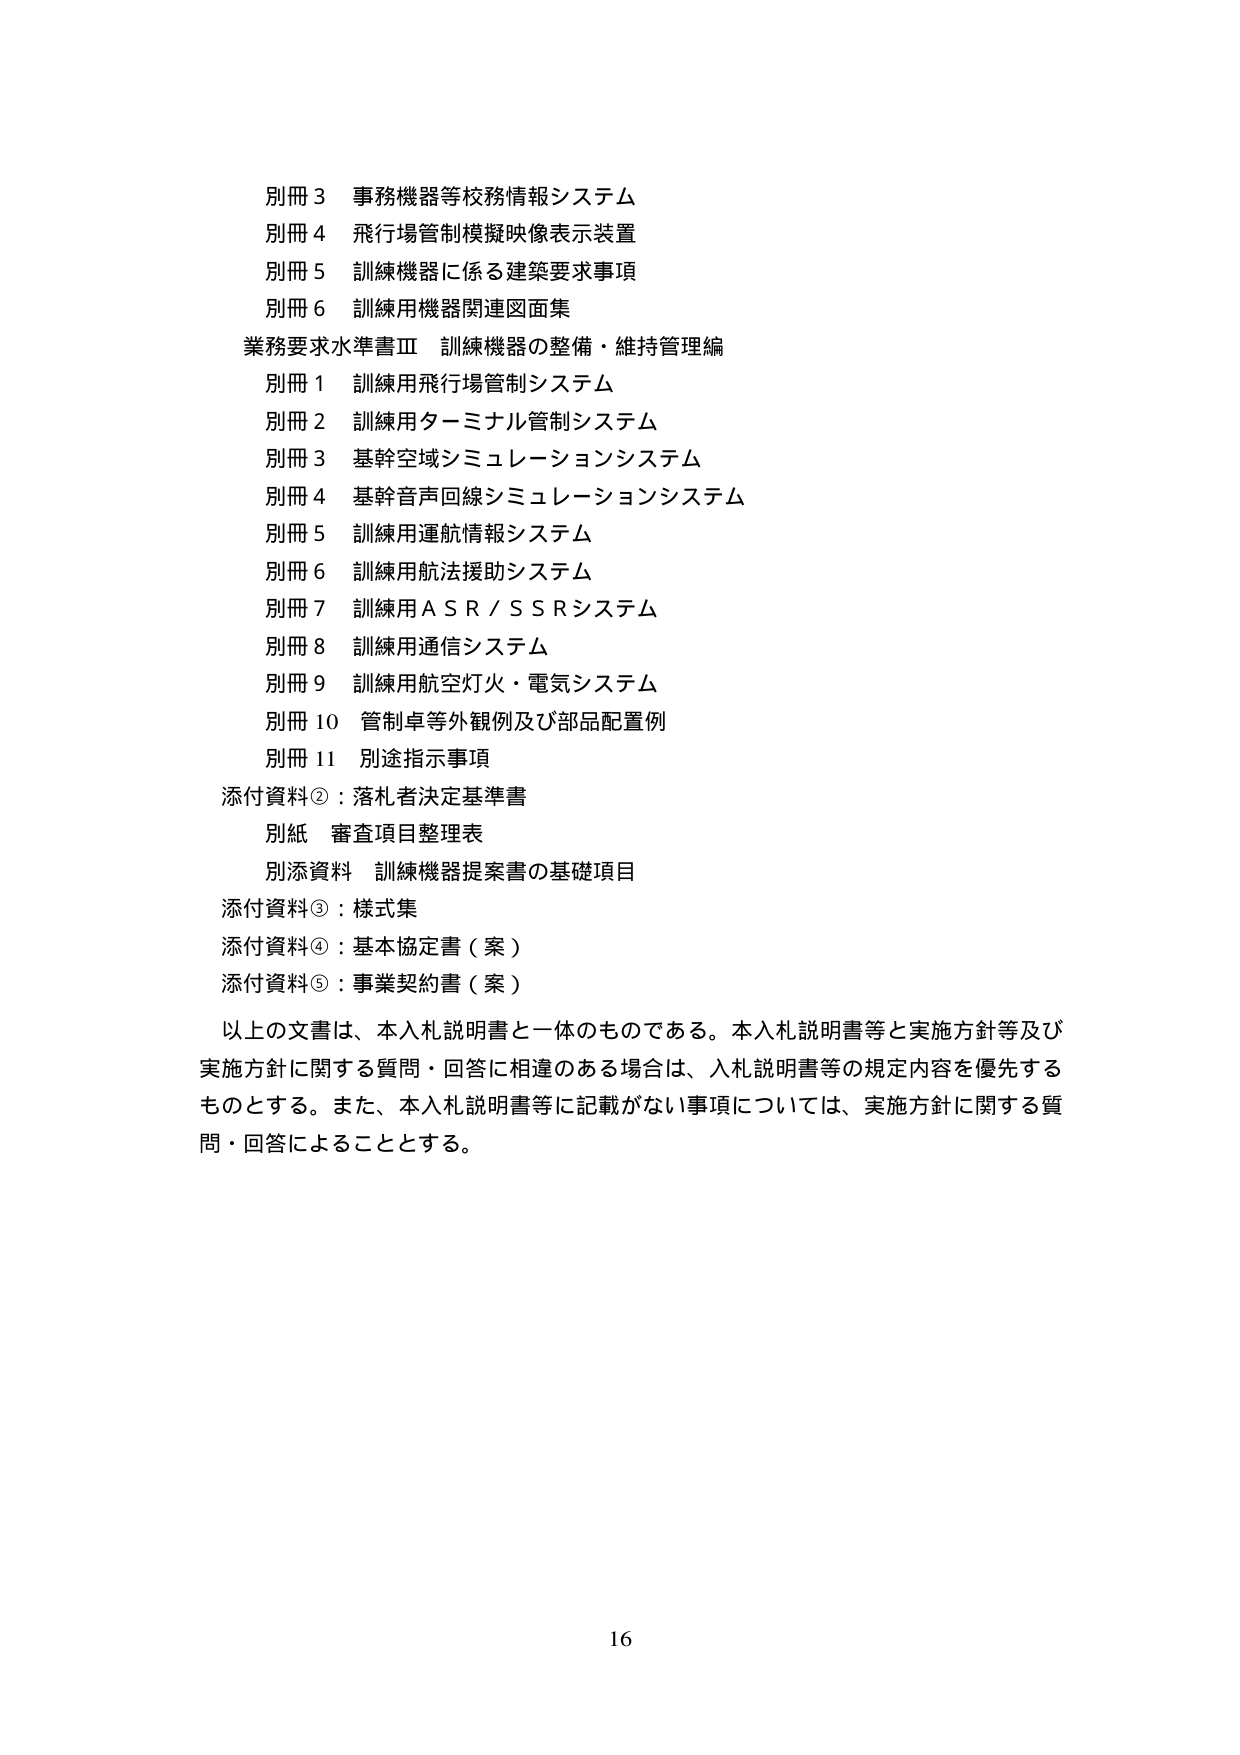
別冊３ 事務機器等校務情報システム
別冊４ 飛行場管制模擬映像表示装置
別冊５ 訓練機器に係る建築要求事項
別冊６ 訓練用機器関連図面集
業務要求水準書Ⅲ 訓練機器の整備・維持管理編
　別冊１ 訓練用飛行場管制システム
　別冊２ 訓練用ターミナル管制システム
　別冊３ 基幹空域シミュレーションシステム
　別冊４ 基幹音声回線シミュレーションシステム
　別冊５ 訓練用運航情報システム
　別冊６ 訓練用航法援助システム
　別冊７ 訓練用ＡＳＲ／ＳＳＲシステム
　別冊８ 訓練用通信システム
　別冊９ 訓練用航空灯火・電気システム
　別冊10 管制卓等外観例及び部品配置例
　別冊11 別途指示事項
添付資料②：落札者決定基準書
　別紙 審査項目整理表
　別添資料 訓練機器提案書の基礎項目
添付資料③：様式集
添付資料④：基本協定書（案）
添付資料⑤：事業契約書（案）
以上の文書は、本入札説明書と一体のものである。本入札説明書等と実施方針等及び
実施方針に関する質問・回答に相違のある場合は、入札説明書等の規定内容を優先する
ものとする。また、本入札説明書等に記載がない事項については、実施方針に関する質
問・回答によることとする。
16